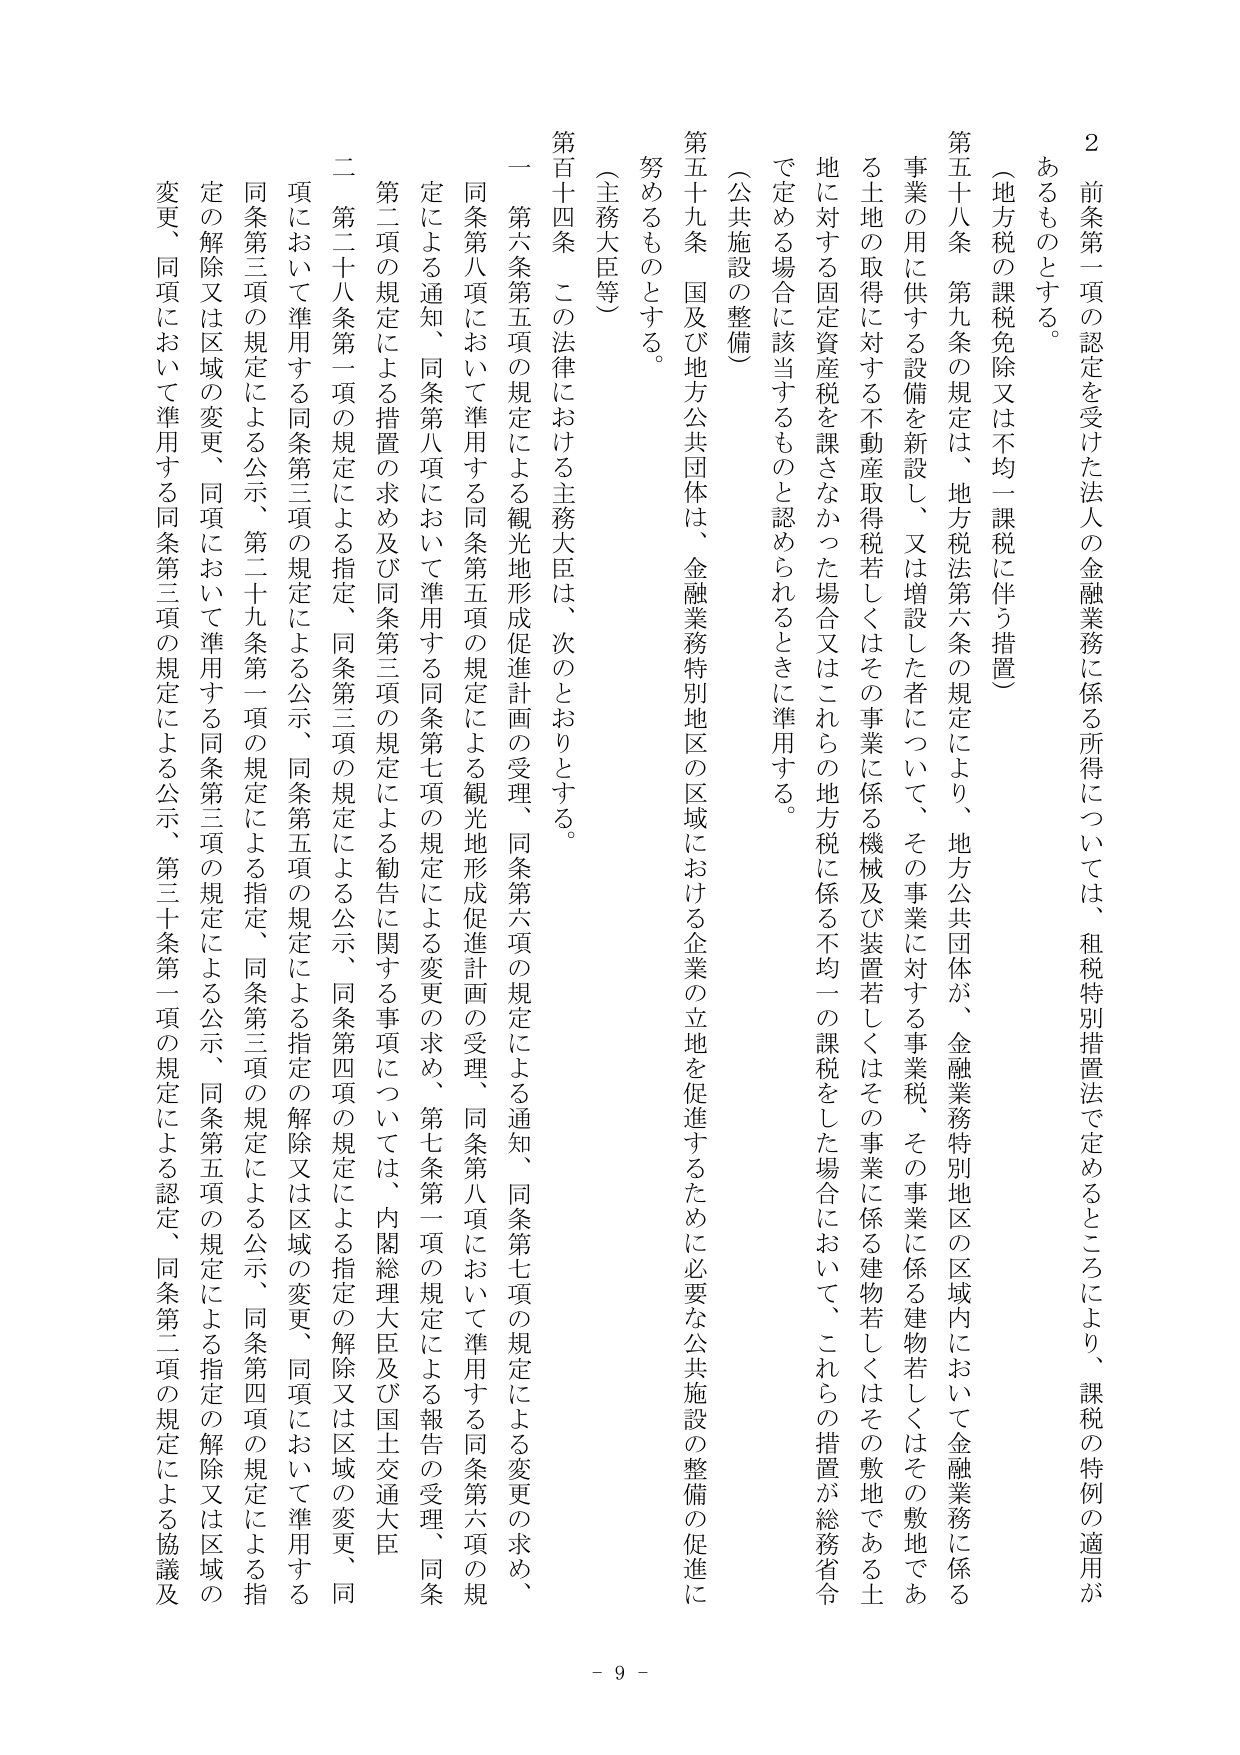
2 前条第一項の認定を受けた法人の金融業務に係る所得については、租税特別措置法で定めるところにより、課税の特例の適用があるものとする。

（地方税の課税免除又は不均一課税に伴う措置）

第五十八条 第九条の規定は、地方税法第六条の規定により、地方公共団体が、金融業務特別地区の区域内において金融業務に係る事業の用に供する設備を新設し、又は増設した者について、その事業に対する事業税、その事業に係る建物若しくはその敷地である土地の取得に対する不動産取得税若しくはその事業に係る機械及び装置若しくはその事業に係る建物若しくはその敷地である土地に対する固定資産税を課さなかった場合又はこれらの地方税に係る不均一の課税をした場合において、これらの措置が総務省令で定める場合に該当するものと認められるときに準用する。

（公共施設の整備）

第五十九条 国及び地方公共団体は、金融業務特別地区の区域における企業の立地を促進するために必要な公共施設の整備の促進に努めるものとする。

（主務大臣等）

第百十四条 この法律における主務大臣は、次のとおりとする。

一 第六条第五項の規定による観光地形成促進計画の受理、同条第六項の規定による通知、同条第七項の規定による変更の求め、同条第八項において準用する同条第五項の規定による観光地形成促進計画の受理、同条第八項において準用する同条第六項の規定による通知、同条第八項において準用する同条第七項の規定による変更の求め、第七条第一項の規定による報告の受理、同条第二項の規定による措置の求め及び同条第三項の規定による勧告に関する事項については、内閣総理大臣及び国土交通大臣。

二 第二十八条第一項の規定による指定、同条第三項の規定による公示、同条第四項の規定による指定の解除又は区域の変更、同項において準用する同条第三項の規定による公示、同条第五項の規定による指定、同条第三項の規定による公示、同条第四項の規定による指定の解除又は区域の変更、同条第三項の規定による公示、第二十九条第一項の規定による指定、同条第三項の規定による公示、同条第五項の規定による指定、同条第三項の規定による公示、同条第四項の規定による指定の解除又は区域の変更、同項において準用する同条第三項の規定による公示、第三十条第一項の規定による認定、同条第二項の規定による協議及び変更、同項において準用する同条第三項の規定による公示。

- 9 -